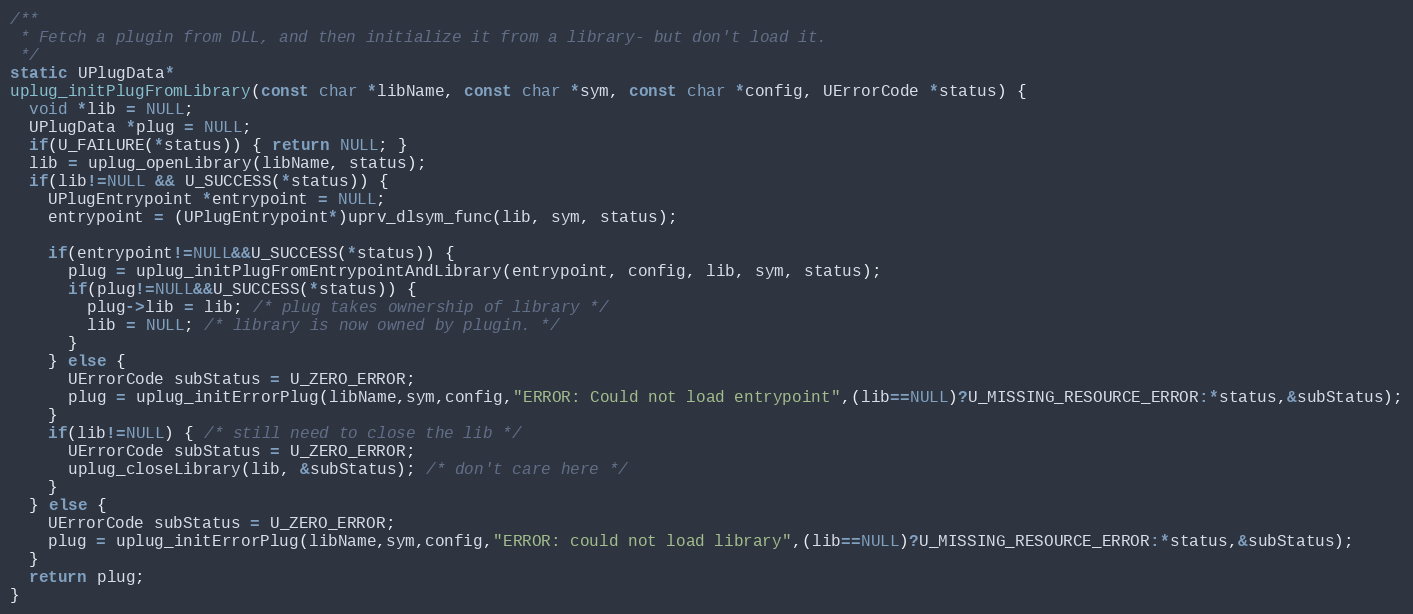
Language: C++
/**
 * Fetch a plugin from DLL, and then initialize it from a library- but don't load it.
 */
static UPlugData*
uplug_initPlugFromLibrary(const char *libName, const char *sym, const char *config, UErrorCode *status) {
  void *lib = NULL;
  UPlugData *plug = NULL;
  if(U_FAILURE(*status)) { return NULL; }
  lib = uplug_openLibrary(libName, status);
  if(lib!=NULL && U_SUCCESS(*status)) {
    UPlugEntrypoint *entrypoint = NULL;
    entrypoint = (UPlugEntrypoint*)uprv_dlsym_func(lib, sym, status);

    if(entrypoint!=NULL&&U_SUCCESS(*status)) {
      plug = uplug_initPlugFromEntrypointAndLibrary(entrypoint, config, lib, sym, status);
      if(plug!=NULL&&U_SUCCESS(*status)) {
        plug->lib = lib; /* plug takes ownership of library */
        lib = NULL; /* library is now owned by plugin. */
      }
    } else {
      UErrorCode subStatus = U_ZERO_ERROR;
      plug = uplug_initErrorPlug(libName,sym,config,"ERROR: Could not load entrypoint",(lib==NULL)?U_MISSING_RESOURCE_ERROR:*status,&subStatus);
    }
    if(lib!=NULL) { /* still need to close the lib */
      UErrorCode subStatus = U_ZERO_ERROR;
      uplug_closeLibrary(lib, &subStatus); /* don't care here */
    }
  } else {
    UErrorCode subStatus = U_ZERO_ERROR;
    plug = uplug_initErrorPlug(libName,sym,config,"ERROR: could not load library",(lib==NULL)?U_MISSING_RESOURCE_ERROR:*status,&subStatus);
  }
  return plug;
}